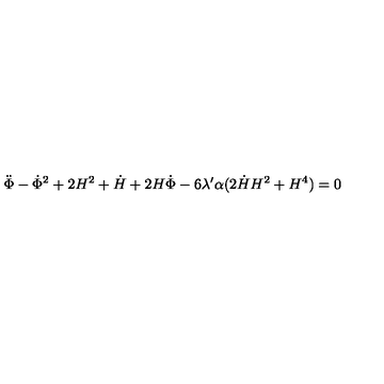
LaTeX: \ddot { \Phi } - \dot { \Phi } ^ { 2 } + 2 H ^ { 2 } + \dot { H } + 2 H \dot { \Phi } - 6 \lambda ^ { \prime } \alpha ( 2 \dot { H } H ^ { 2 } + H ^ { 4 } ) = 0